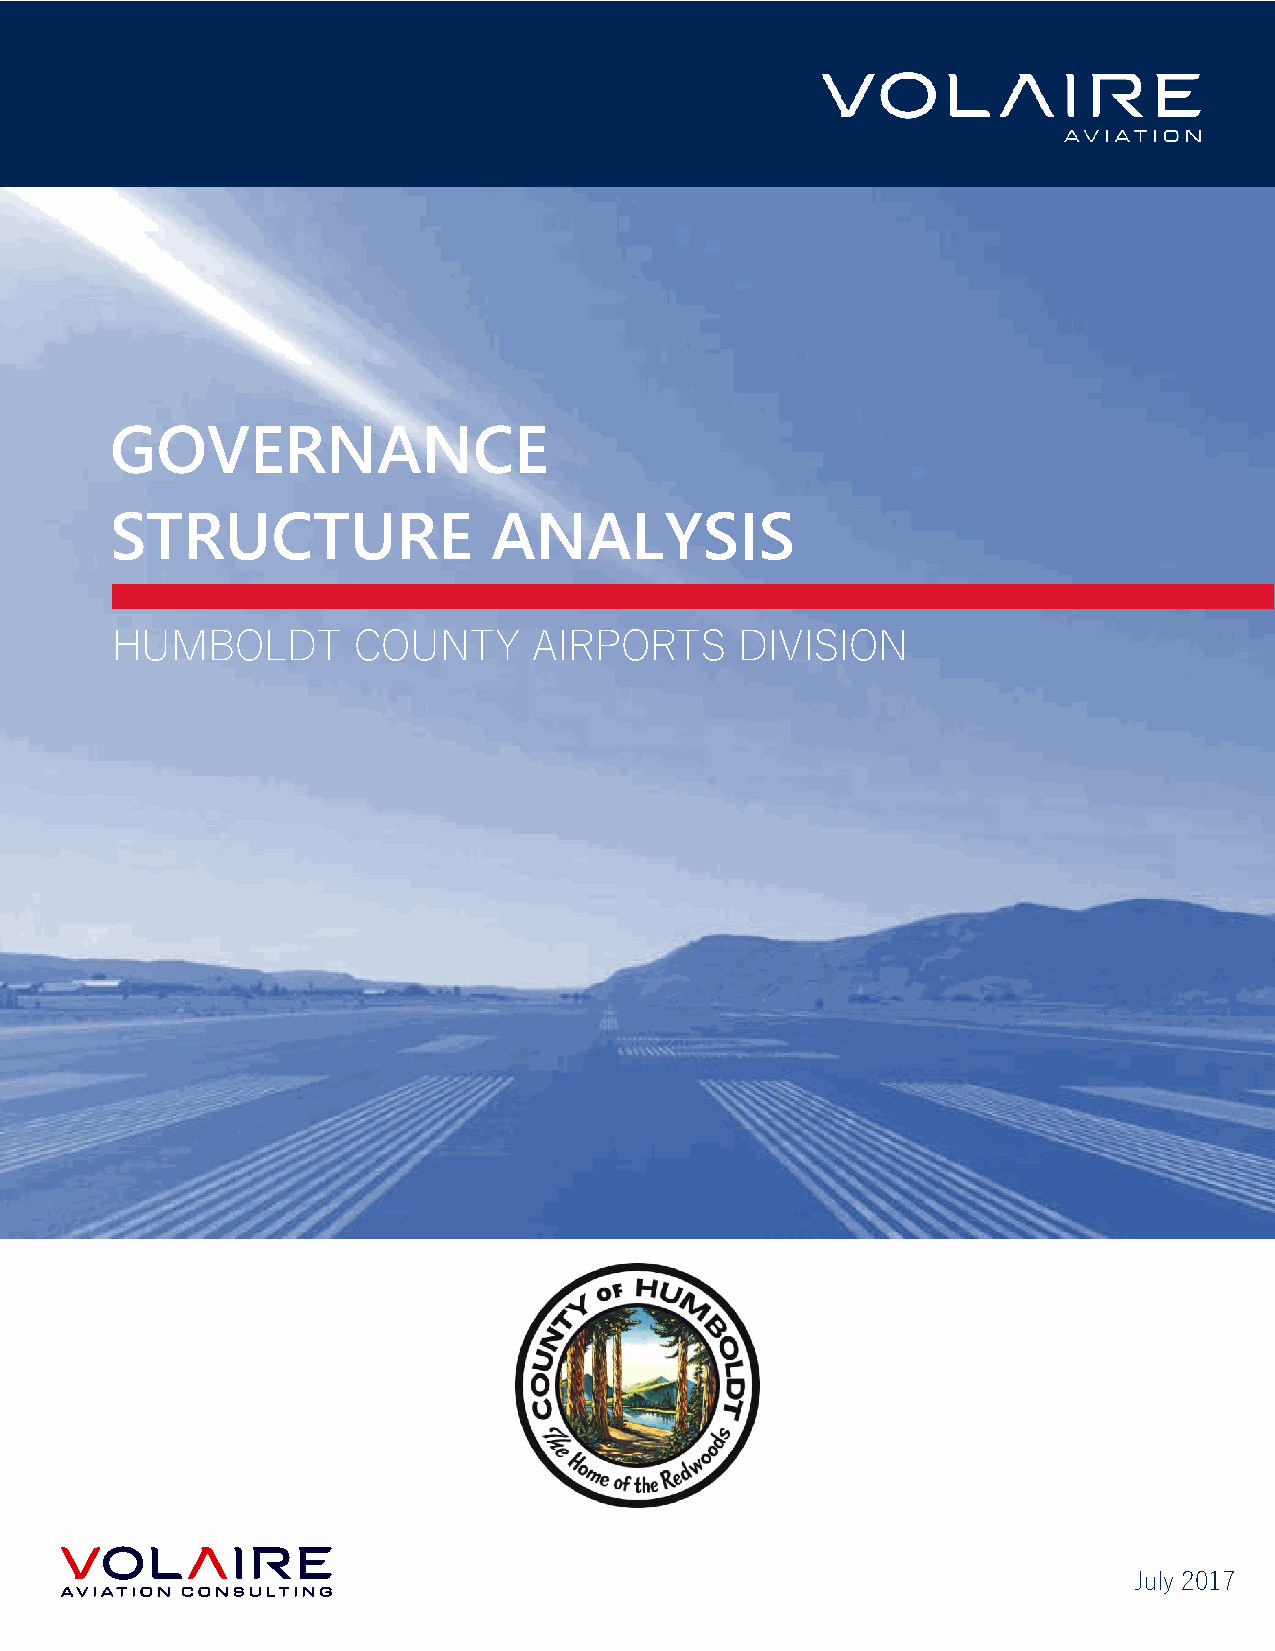
GOVERNANCE
 STRUCTURE                 ANALYSIS
 HUMBOLDT        COUNTY      AIRPORTS      DIVISION
 July 2017